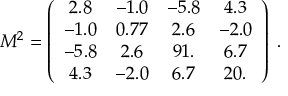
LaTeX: M ^ { 2 } = \left( \begin{array} { c c c c } { { 2 . 8 } } & { { - 1 . 0 } } & { { - 5 . 8 } } & { { 4 . 3 } } \\ { { - 1 . 0 } } & { { 0 . 7 7 } } & { { 2 . 6 } } & { { - 2 . 0 } } \\ { { - 5 . 8 } } & { { 2 . 6 } } & { { 9 1 . } } & { { 6 . 7 } } \\ { { 4 . 3 } } & { { - 2 . 0 } } & { { 6 . 7 } } & { { 2 0 . } } \end{array} \right) \; .